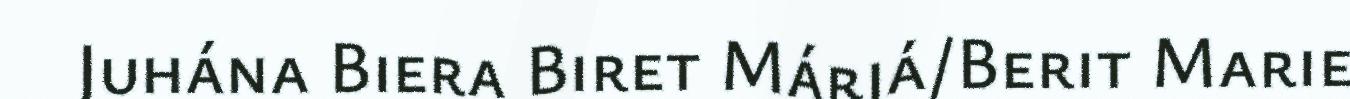
Juhána Biera Biret Márjá/Berit Marie